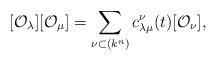
LaTeX: \begin{align*}\lbrack \mathcal{O}_{\lambda }][\mathcal{O}_{\mu }]=\sum_{\nu \subset(k^{n})}c_{\lambda \mu }^{\nu }(t)[\mathcal{O}_{\nu }], \end{align*}